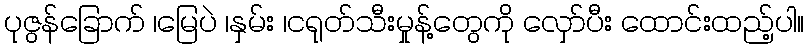
ပုဇွန်ခြောက် ၊မြေပဲ ၊နှမ်း ၊ငရုတ်သီးမှုန့်တွေကို လှော်ပီး ထောင်းထည့်ပါ။